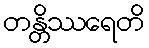
တန္တိဿရေတိ